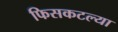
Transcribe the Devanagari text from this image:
फिसकटल्या